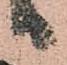
り